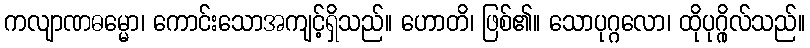
ကလျာဏဓမ္မော၊ ကောင်းသောအကျင့်ရှိသည်။ ဟောတိ၊ ဖြစ်၏။ သောပုဂ္ဂလော၊ ထိုပုဂ္ဂိုလ်သည်။